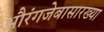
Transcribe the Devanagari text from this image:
औरंगजेबासारख्या